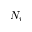
N _ { v }